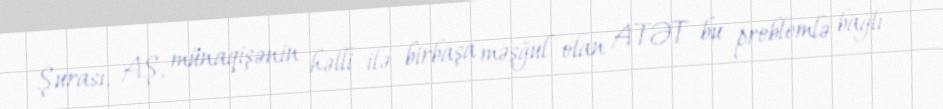
Şurası, AŞ, münaqişənin həlli ilə birbaşa məşğul olan ATƏT bu problemlə bağlı